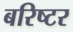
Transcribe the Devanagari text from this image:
बरिष्टर